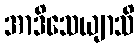
အာဒိသေယျာသိ